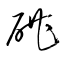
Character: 碪